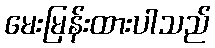
မေးမြန်းထားပါသည်